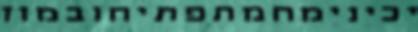
יכינימחמתפתיחובמוז